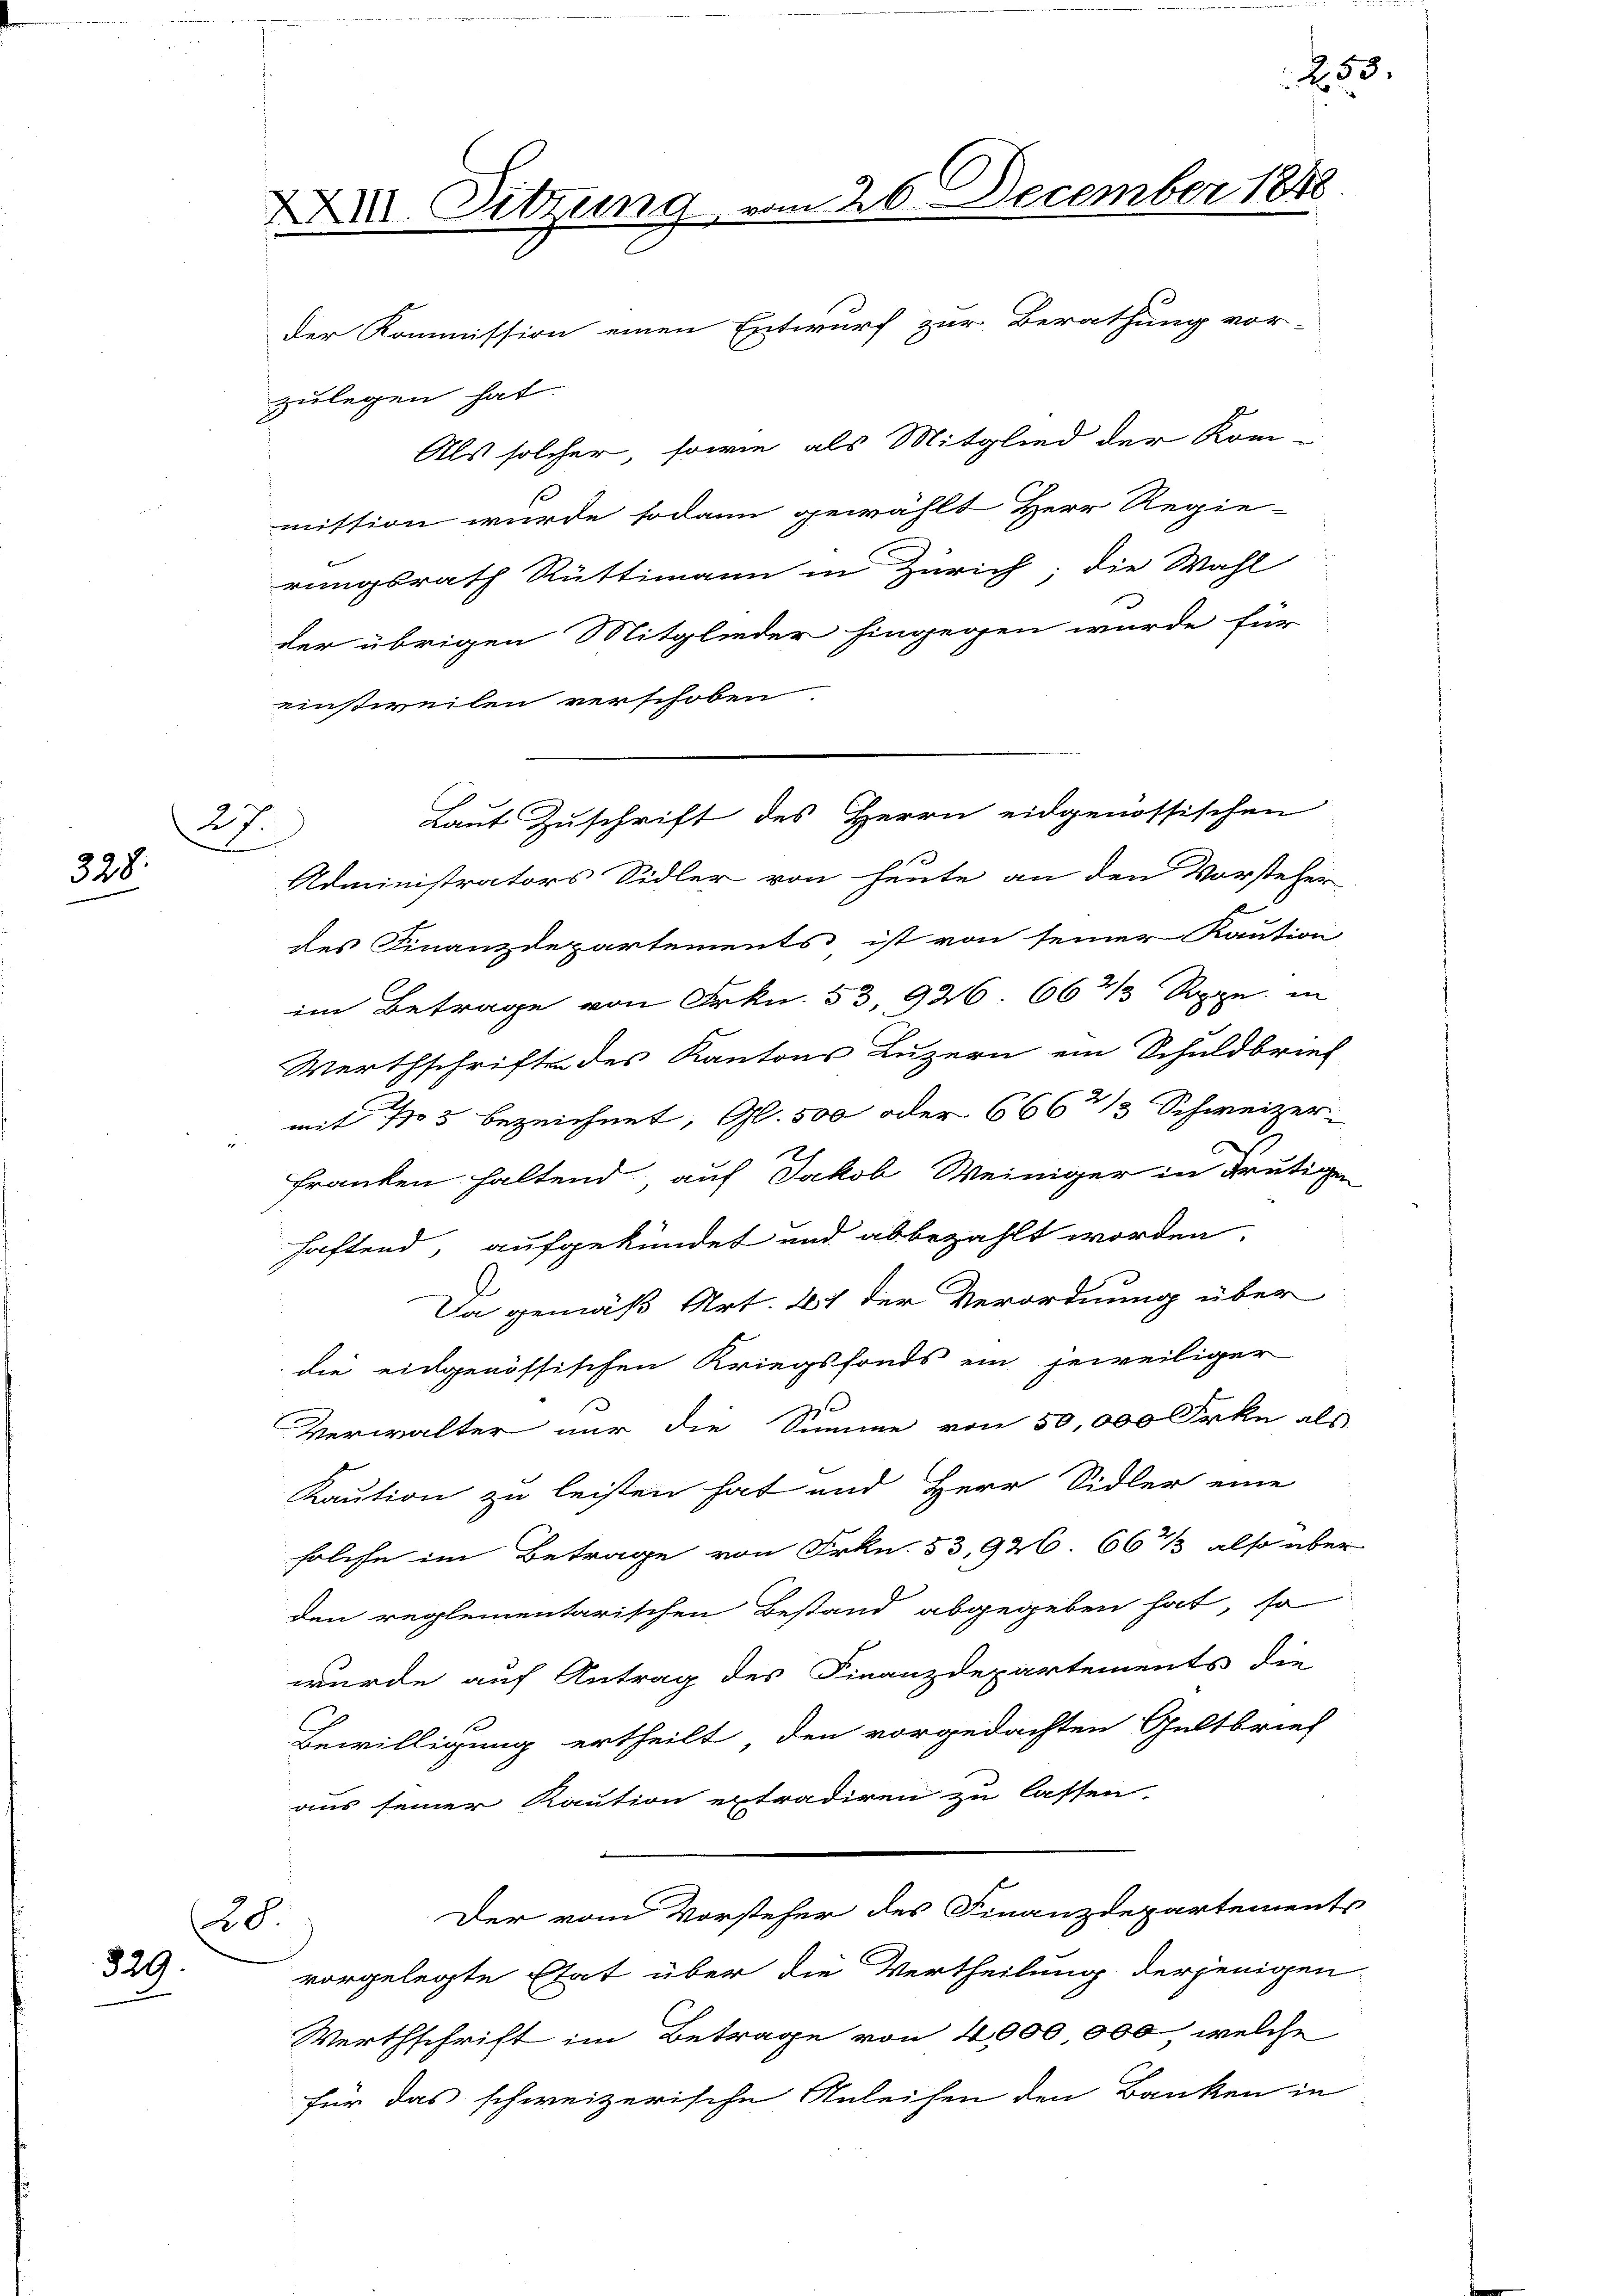
27
328.

28.
829

XXXII. Sitzung vom 26. December 1848.
Der Kommission einen Entwurf zur Berathung vor-
zulegen hat.
Als solcher, sowie als Mitglied der Kom-
mittion wurde sodann gewählt Herr Regie-

rungsrath Rüttimann in Zürich; die Wahl
der übrigen Mitglieder hingegen wurde für
einstweilen verschoben.
Administrators Sidler von heute an den Vorstehe
des Finanzdepartements ist von seiner Kaution
im Betrage von Frkn. 53, 926. 66 2/3 Rappe, in
Werthschriften des Kantons Luzern ein Schuldbrie
mit 705 bezeichnet, Gl. 500 oder 666 3 1/3 Schweizer
franken haltend, auf Jakob Weiniger in Fruti
haftend, aufgekündet und abbezahlt worden.
Da gemäß Art. 267 der Verordnung über
die eidgenössischen Kriegsfonds ein jeweiliger
Verwalter nur die Summe von 50,000 Frkn a
Kaution zu leisten hat und Herr Sidler eine
solche im Betrage von Frkn. 53, 926 66 1/2 also in
den reglementarischen Bestand abgegeben hat, so
wurde auf Antrag des Finanzdepartements die
Bewilligung ertheilt, den vorgedachten Gültbrief
aus seiner Kaution extradiren zu lassen.
Der vom Vorsteher des Finanzdepartements
vorgelegte Etat über die Vertheilung derjenigen
Werthschrift im Betrage von 4000 000, welche
für das schweizerische Anleihen den Banken in

Laut Zuschrift des Herrn eidgenössischen

253.

2

b